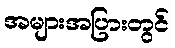
အများအပြားတွင်